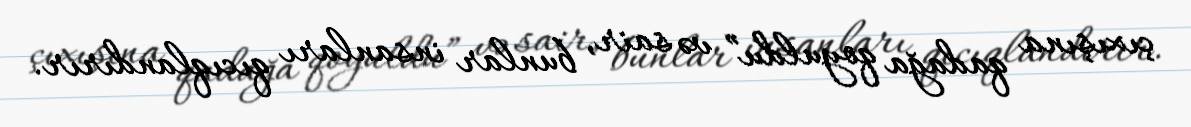
çıxışına qadağa qoyuldu” və sair, bunlar insanları qıcıqlandırır.